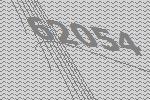
62054